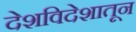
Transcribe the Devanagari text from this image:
देशविदेशातून